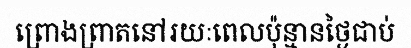
ព្រោងព្រាតនៅរយៈពេលប៉ុន្មានថ្ងៃជាប់